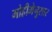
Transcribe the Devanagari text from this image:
मोहीमेनुसार